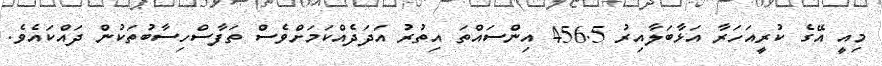
މިއީ އޭގެ ކުރީއަހަރާ އަޅާބަލާއިރު 456.5 އިންސައްތަ އިތުރު އަދަދެއްކަމަށްވެސް ތަފާސްހިސާބުތަކުން ދައްކައެވެ.